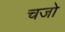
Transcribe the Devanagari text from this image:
चजो